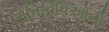
ગતિવિધિઓનો